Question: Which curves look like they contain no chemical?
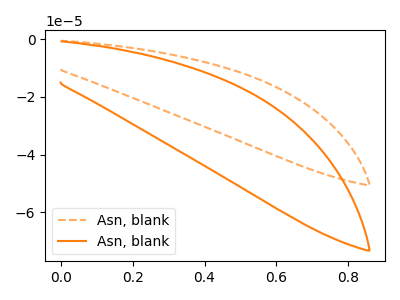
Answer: <think>The orange dashed curve "Asn, blank1" has no peaks. The orange curve "Asn, blank2" has no peaks.</think>
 <answer>"Asn, blank1" and "Asn, blank2" are likely to be blanks.</answer>
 <eval>"Asn, blank1", "Asn, blank2"</eval>